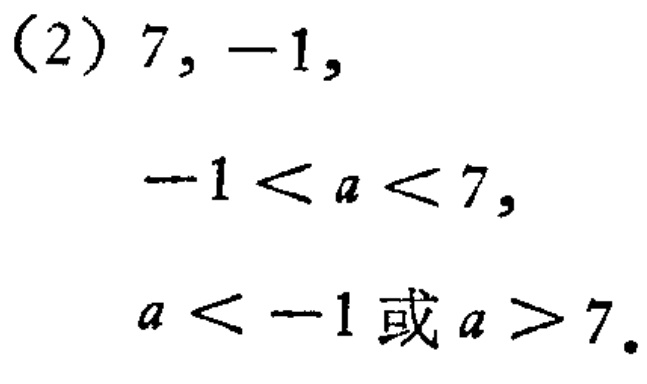
(2) \(7, -1,\)

\(-1 < a < 7,\)

\(a < -1或a > 7.\)